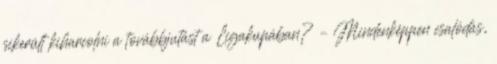
sikerült kiharcolni a továbbjutást a Ligakupában? – Mindenképpen csalódás,